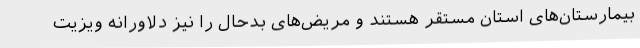
بیمارستان‌های استان مستقر هستند و مریض‌های بدحال را نیز دلاورانه ویزیت